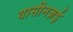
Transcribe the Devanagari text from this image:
यासीनज़ई